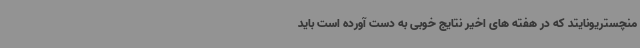
منچستریونایتد که در هفته های اخیر نتایج خوبی به دست آورده است باید